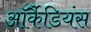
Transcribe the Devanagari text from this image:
ऑर्कैडियंस